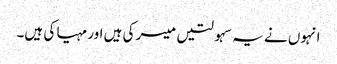
انہوں نے یہ سہولتیں میسر کی ہیں اور مہیا کی ہیں۔